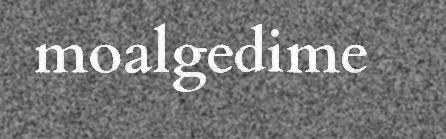
moalgedime